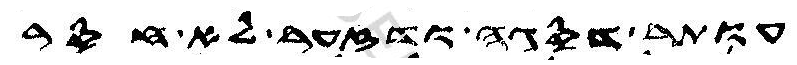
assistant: עותר דסגה ודזער לא חסר